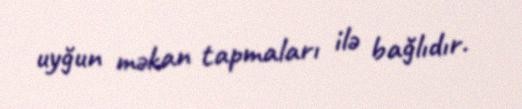
uyğun məkan tapmaları ilə bağlıdır.